Vaccination in Bombay 1863-1868 - 1863-1868
Year: 1863
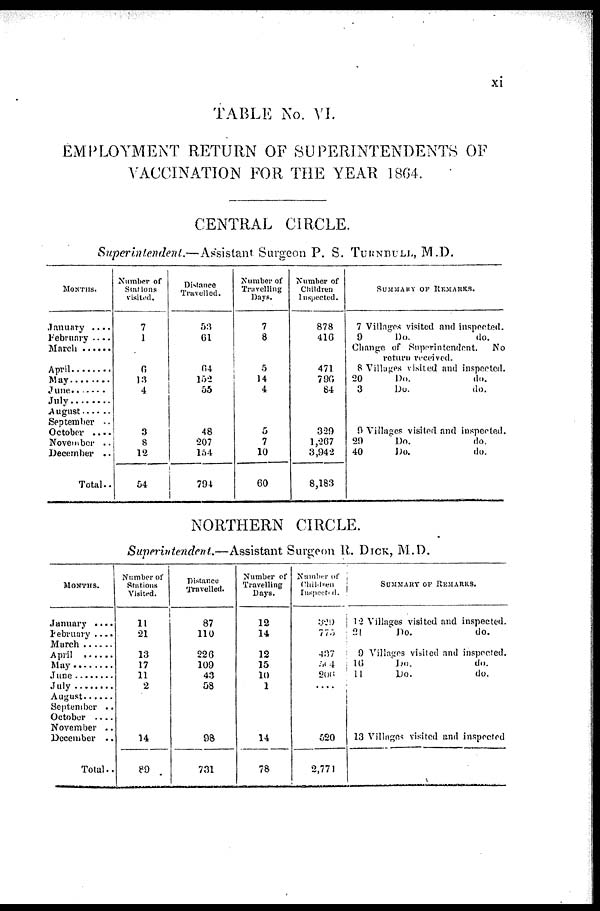
xi
TABLE No. VI.
EMPLOYMENT RETURN OF SUPERINTENDENTS OF
VACCINATION FOR THE YEAR 1864.
CENTRAL CIRCLE.
Superintendent.—Assistant Surgeon P. S. TURNBULL, M.D.
MONTHS.
January ....
February ....
March ........
April ...........
May ............
June ............
July ............
August ........
September ..
October ....
November ..
December ..
Total..
Number of
Stations
visited.
7
1
6
13
4
3
8
12
54
Distance
Travelled.
53
61
64
152
55
48
207
154
794
Number of
Travelling
Days.
7
8
5
14
4
5
7
10
60
Number of
Children
Inspected.
878
416
471
796
84
329
1,267
3,942
8,183
SUMMARY OF REMARKS.
7 Villages visited and inspected.
9
Do.
do.
Change of Superintendent. No
return received.
8 Villages visited and inspected.
20
Do.
do.
3
Do.
do.
9 Villages visited and inspected.
29
Do.
do.
40
Do.
do.
NORTHERN CIRCLE.
Superintendent.—Assistant Surgeon R. DICK, M.D.
MONTHS.
January ....
February ....
March .......
April ........
May ..........
June ..........
July
August .......
September ..
October ....
November ..
December ..
Total..
Number of
Stations
Visited.
11
21
13
17
11
2
14
89
Distance
Travelled.
87
110
226
109
43
58
98
731
Number of
Travelling
Days.
12
14
12
15
10
1
14
78
Number of
Children
Inspected.
329
775
437
564
206
....
520
2,771
SUMMARY OF REMARKS.
12 Villages visited and inspected.
21
Do.
do.
9 Villages visited and inspected.
10
Do.
do.
11
Do.
do.
13 Villages visited end inspected